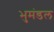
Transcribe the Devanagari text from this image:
भुमंडल